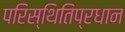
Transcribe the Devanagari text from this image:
परिस्थितिप्रधान